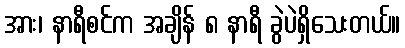
အား၊ နာရီစင်က အချိန် ၈ နာရီ ခွဲပဲရှိသေးတယ်။